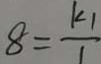
8 = \frac { k _ { 1 } } { 1 }